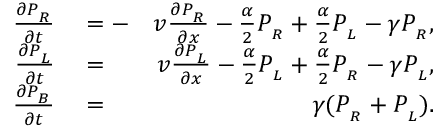
\begin{array} { r l r } { \frac { \partial P _ { _ R } } { \partial t } } & { { } = - } & { v \frac { \partial P _ { _ R } } { \partial x } - \frac { \alpha } { 2 } P _ { _ R } + \frac { \alpha } { 2 } P _ { _ L } - \gamma P _ { _ R } , } \\ { \frac { \partial P _ { _ L } } { \partial t } } & { { } = } & { v \frac { \partial P _ { _ L } } { \partial x } - \frac { \alpha } { 2 } P _ { _ L } + \frac { \alpha } { 2 } P _ { _ R } - \gamma P _ { _ L } , } \\ { \frac { \partial P _ { _ B } } { \partial t } } & { { } = } & { \gamma ( P _ { _ R } + P _ { _ L } ) . } \end{array}